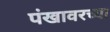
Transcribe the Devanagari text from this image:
पंखावरच्या